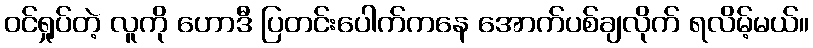
ဝင်ရှုပ်တဲ့ လူကို ဟောဒီ ပြတင်းပေါက်ကနေ အောက်ပစ်ချလိုက် ရလိမ့်မယ်။